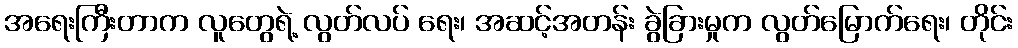
အရေးကြီးတာက လူတွေရဲ့ လွတ်လပ် ရေး၊ အဆင့်အတန်း ခွဲခြားမှုက လွတ်မြောက်ရေး၊ တိုင်း